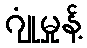
ဂျုံမှုန့်